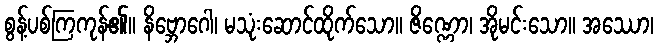
စွန့်ပစ်ကြကုန်၏။ နိဗ္ဘောဂေါ၊ မသုံးဆောင်ထိုက်သော။ ဇိဏ္ဏော၊ အိုမင်းသော။ အဿော၊